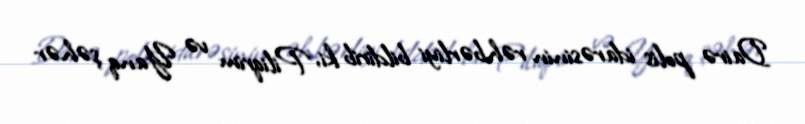
Dairə polis idarəsinin rəhbərliyi bildirib ki, Piliqrim və Yanq şəhər